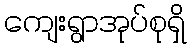
ကျေးရွာအုပ်စုရှိ